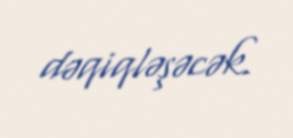
dəqiqləşəcək.